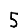
Digit: 5